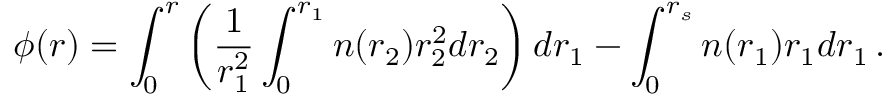
\phi ( r ) = \int _ { 0 } ^ { r } \left( \frac 1 { r _ { 1 } ^ { 2 } } \int _ { 0 } ^ { r _ { 1 } } n ( r _ { 2 } ) r _ { 2 } ^ { 2 } d r _ { 2 } \right) d r _ { 1 } - \int _ { 0 } ^ { r _ { s } } n ( r _ { 1 } ) r _ { 1 } d r _ { 1 } \, .